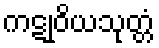
ကဋုဝိယသုတ္တံ